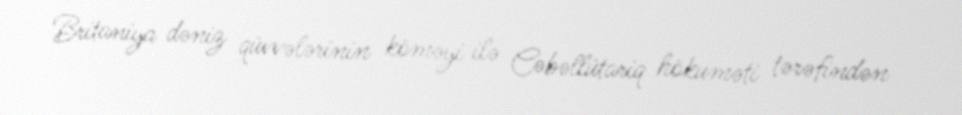
Britaniya dəniz qüvvələrinin köməyi ilə Cəbəllütariq hökuməti tərəfindən